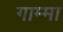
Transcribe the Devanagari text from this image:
गाम्मा